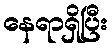
နေရာရှိပြီး